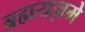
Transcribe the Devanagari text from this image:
ब्रह्मयज्ञमे